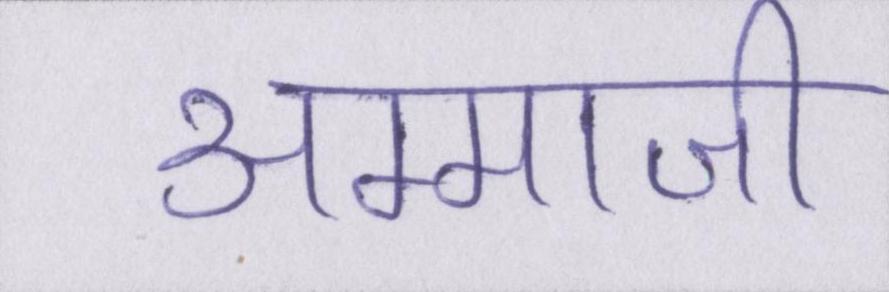
अम्माजी